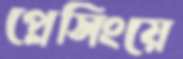
প্লেসিংয়ে